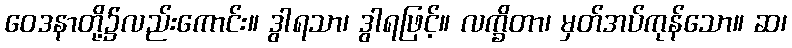
ဝေဒနာတို့၌လည်းကောင်း။ ဒွါရသာ၊ ဒွါရဖြင့်။ လက္ခိတာ၊ မှတ်အပ်ကုန်သော။ ဆ၊